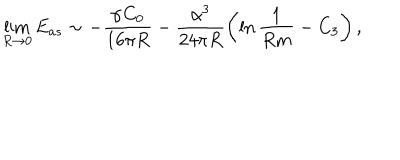
LaTeX: \lim _ { R \rightarrow 0 } E _ { a s } \sim - \frac { \alpha C _ { 0 } } { 1 6 \pi R } - \frac { \alpha ^ { 3 } } { 2 4 \pi R } \left( \ln \frac { 1 } { R m } - C _ { 3 } \right) ,